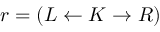
r = ( L \leftarrow K \rightarrow R )